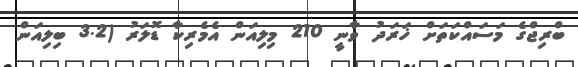
ބްރިޖްގެ މަސައްކަތަށް ޚަރަދު ވާނީ 210 މިލިއަން އެމެރިކާ ޑޮލަރު (3.2 ބިލިއަން